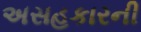
અસહકારની